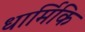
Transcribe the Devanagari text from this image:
धार्मिकि